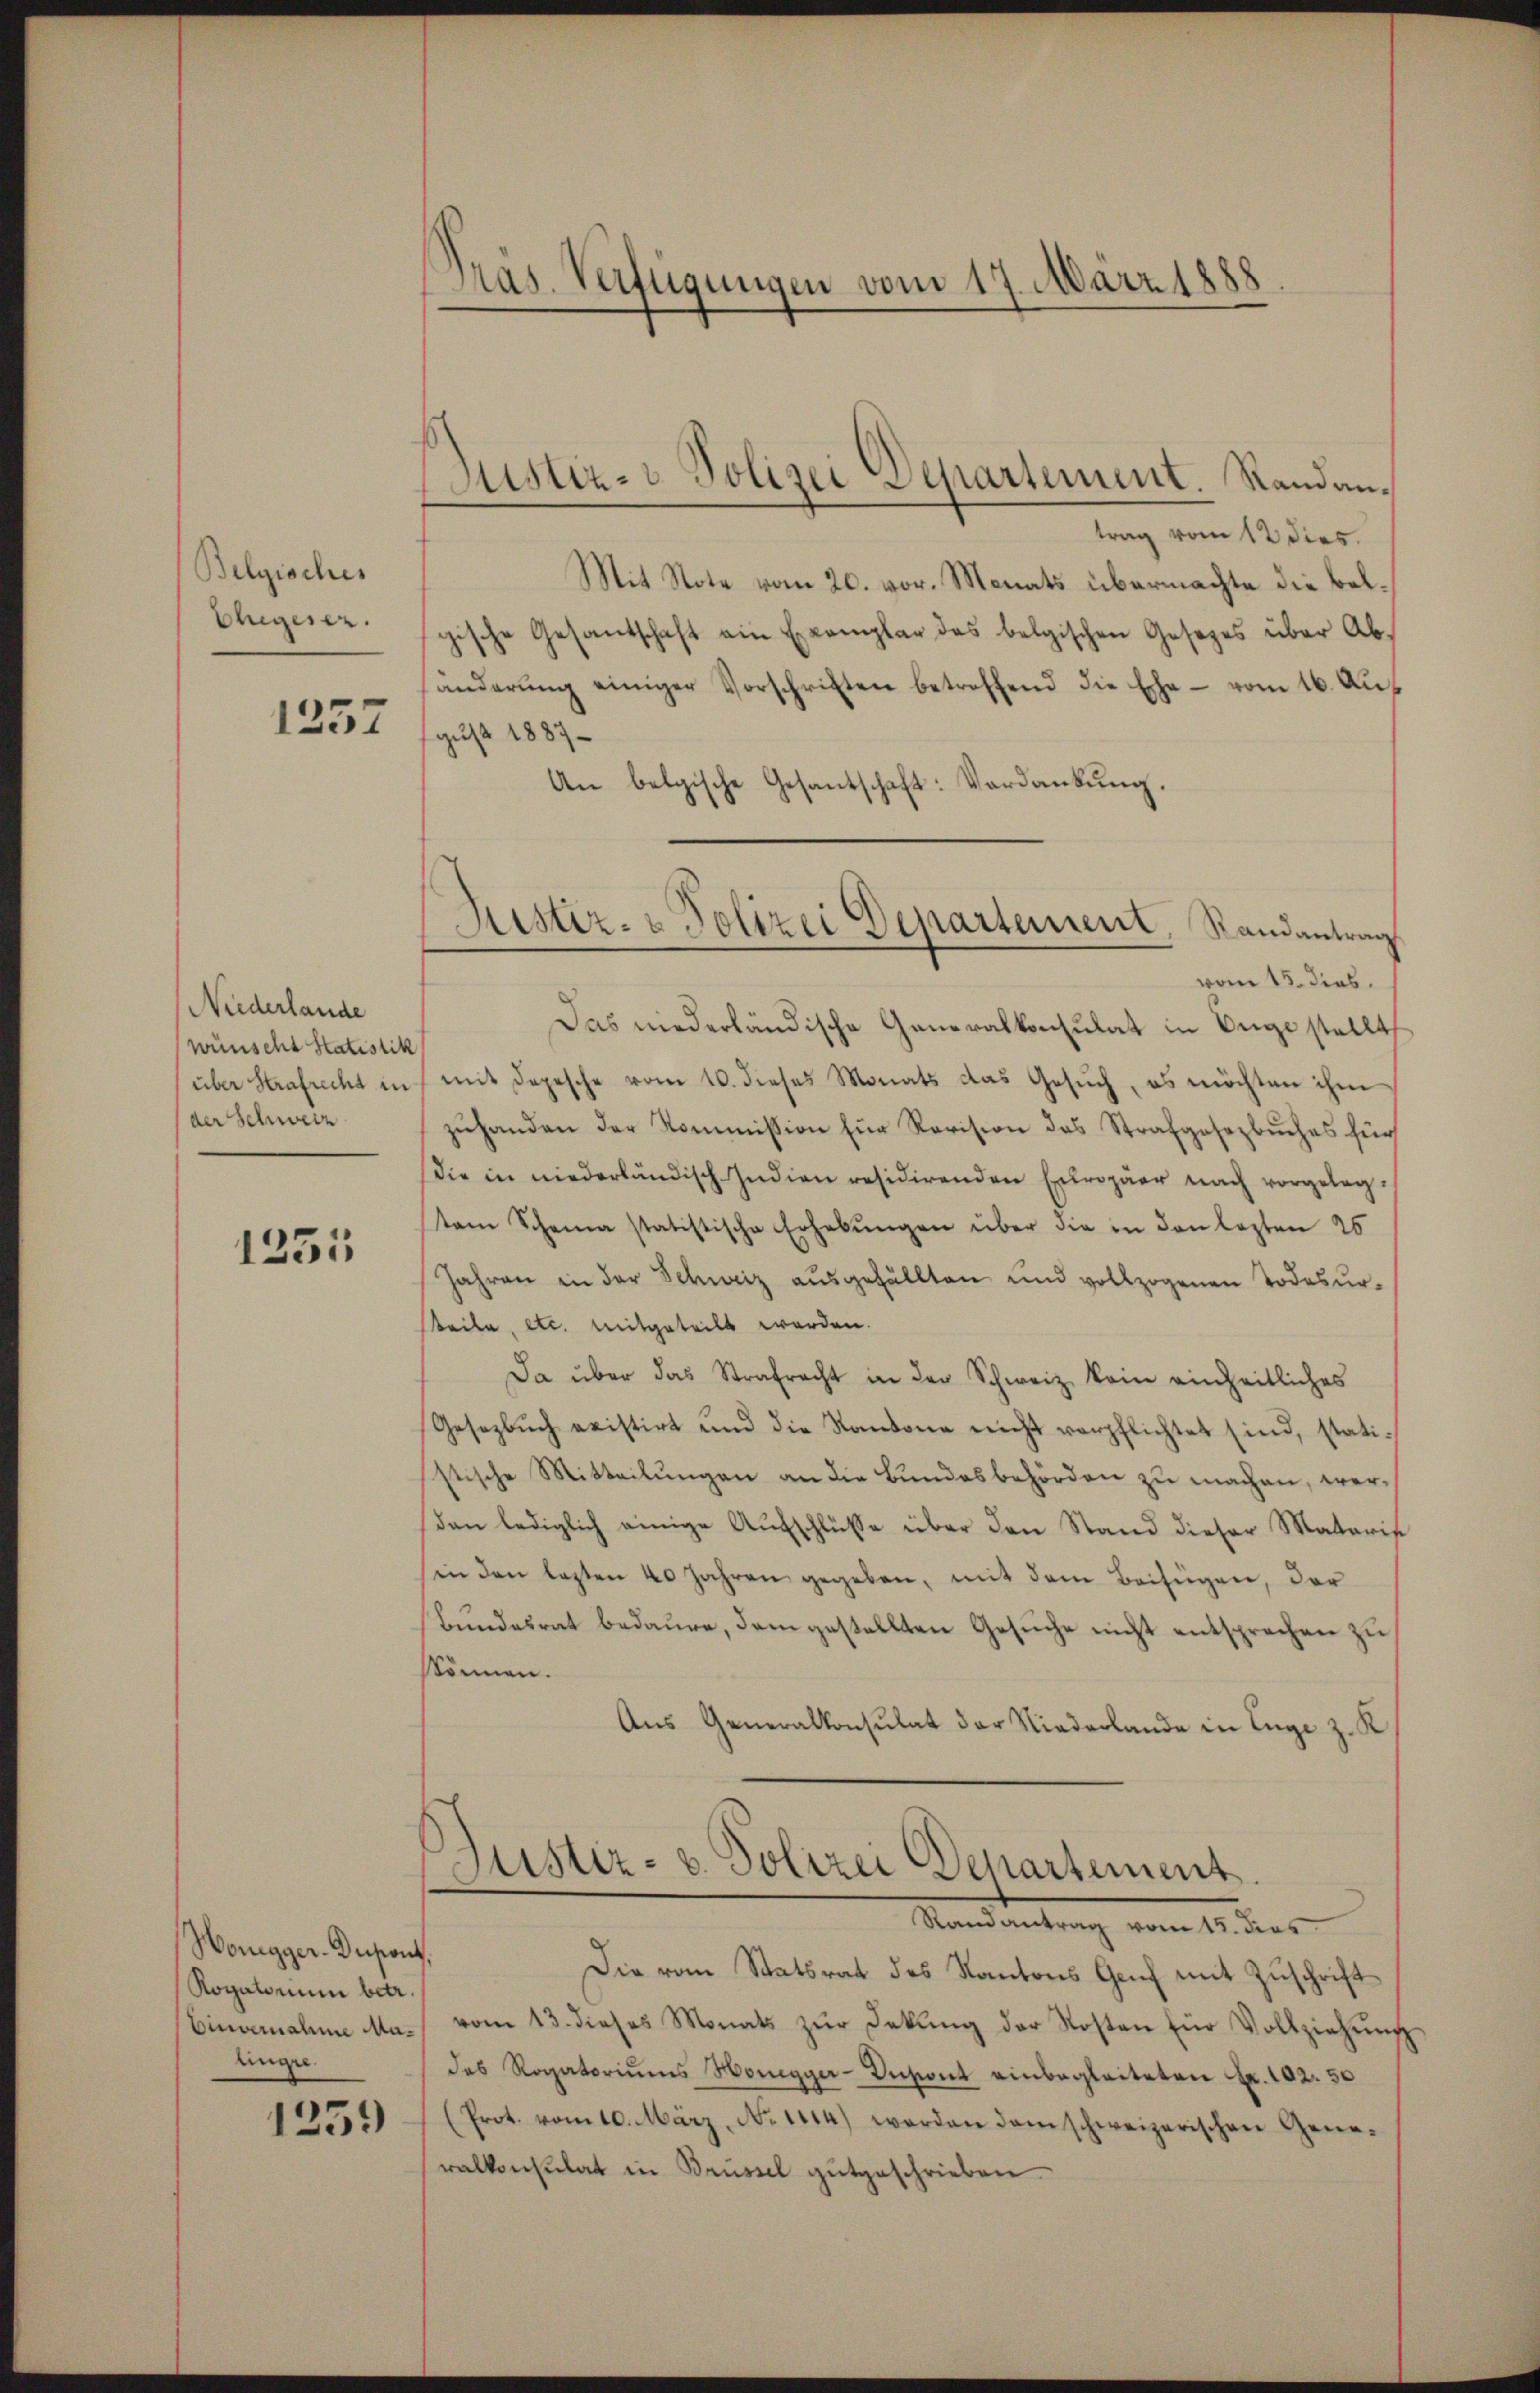
Belgisches
Ehegesez.

1257

Niederlande
wünscht Statistik
über Strafrecht in
der Schweiz

1255

Honigger-Dupons
Rogatorum betr.
Einvernahme Malinger.

1259

Pras. Verfügungen vom 17. März 1888

Justiz- & Polizei Departement. Randan¬

trag vom 12 dies.
Mit Note vom 20. vor. Monats übermachte die belsche Gesandschaft ein Exemplar das belgischen Gesezes über Ab-
gus
änderŭng einiger Vorschriften betroffend die Ehe - vom 16. August 1887
An belgische Gesantschaft: Verdankŭng.
vom 15. dies.
Das niederländische Generalkonsulat in Enge stellt
mit Depesche vom 10. dieses Monats das Gesŭch, es möchten ihm
zŭhanden der Kommission für Revision das Strafgesetzbuches für
Die in niederländisch-Indien residirenden Europaer nach vorgelegtem Scheina statistische Erhebŭngen über die in den lezten 26
Jahren in der Schweiz ausgefällten und vollzogenen Todesursbeite, etc. mitgeteilt werden.
Da über das Strafrecht in der Schweiz kein einzeitliches
Gesezbŭch existirt und die Standone nicht verpflichtet sind, statistische Mitteilungen an die Bundesbehörden zu machen, werden lediglich einige Aufschlüße über den Stand dieser Mataris
in den lezten 40 Jahren gegeben, mit dem Beifügen, der
Bundesrat bedaure, dem gestellten Gesuche nicht entsprechen zu
skönnen.
Aus Generalkonsulat der Niederlande in Enge z. K
Justiz- u. Polizei Departement
Mandantung vom 1. des
Die vom Statsrat des Kantons Genf mit Zuschrift
vom 13. dieses Monats zŭr Dekŭng der Kosten für Vollziehŭng
das Rogatoriums Honegger-Insont einbegleiteten Fr. 102. 50
(Prot. vom 10. März, No 1114) werden dem schweizerischen Gene-
ralkonsulat in Brüssel gutgeschrieben.

Justiz- & Polizei Departement. Randantrag